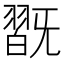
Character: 𣄹